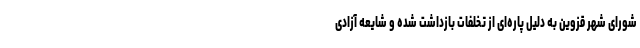
شورای شهر قزوین به دلیل پاره‌ای از تخلفات بازداشت شده و شایعه آزادی